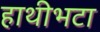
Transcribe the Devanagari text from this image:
हाथीभटा